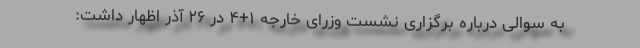
به سوالی درباره برگزاری نشست وزرای خارجه ۱+۴ در ۲۶ آذر اظهار داشت: